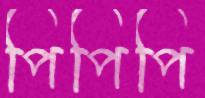
পিপিপি